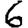
Digit: 6